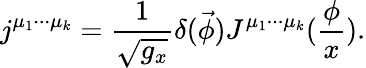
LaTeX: j^{\mu_{1}\cdot\cdot\cdot\mu_{k}}=\frac 1{\sqrt{g_{x}}}\delta(\vec{\phi})J^{\mu_{1}\cdot\cdot\cdot\mu_{k}}(\frac\phi x).